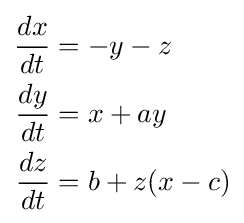
{\begin{aligned}{\frac {dx}{dt}}&=-y-z\\{\frac {dy}{dt}}&=x+ay\\{\frac {dz}{dt}}&=b+z(x-c)\end{aligned}}